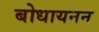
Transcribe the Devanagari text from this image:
बोधायनन